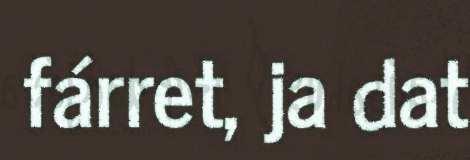
fárret, ja dat